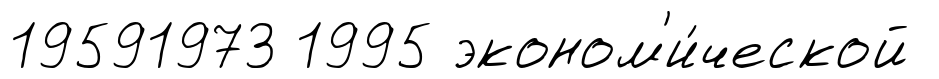
19591973 1995 эконом'и́ческой